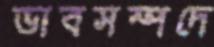
ভাবসম্পদে